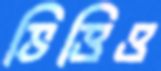
ভিত্তিও